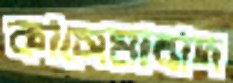
কাসেমাবাদ